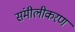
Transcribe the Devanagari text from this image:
संमीलीकरण